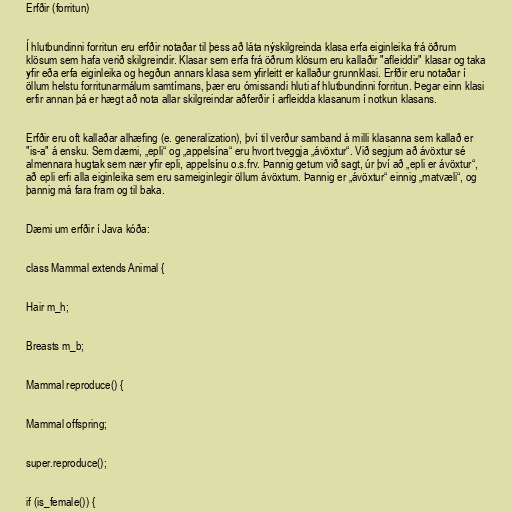
Erfðir (forritun)

Í hlutbundinni forritun eru erfðir notaðar til þess að láta nýskilgreinda klasa erfa eiginleika frá öðrum
klösum sem hafa verið skilgreindir. Klasar sem erfa frá öðrum klösum eru kallaðir "afleiddir" klasar og taka
yfir eða erfa eiginleika og hegðun annars klasa sem yfirleitt er kallaður grunnklasi. Erfðir eru notaðar í
öllum helstu forritunarmálum samtímans, þær eru ómissandi hluti af hlutbundinni forritun. Þegar einn klasi
erfir annan þá er hægt að nota allar skilgreindar aðferðir í arfleidda klasanum í notkun klasans.

Erfðir eru oft kallaðar alhæfing (e. generalization), því til verður samband á milli klasanna sem kallað er
"is-a" á ensku. Sem dæmi, „epli“ og „appelsína“ eru hvort tveggja „ávöxtur“. Við segjum að ávöxtur sé
almennara hugtak sem nær yfir epli, appelsínu o.s.frv. Þannig getum við sagt, úr því að „epli er ávöxtur“,
að epli erfi alla eiginleika sem eru sameiginlegir öllum ávöxtum. Þannig er „ávöxtur“ einnig „matvæli“, og
þannig má fara fram og til baka.

Dæmi um erfðir í Java kóða:

class Mammal extends Animal {

Hair m_h;

Breasts m_b;

Mammal reproduce() {

Mammal offspring;

super.reproduce();

if (is_female()) {